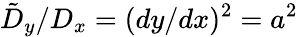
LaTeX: \tilde{D}_{y}/D_{x}=(dy/dx)^{2}=a^{2}